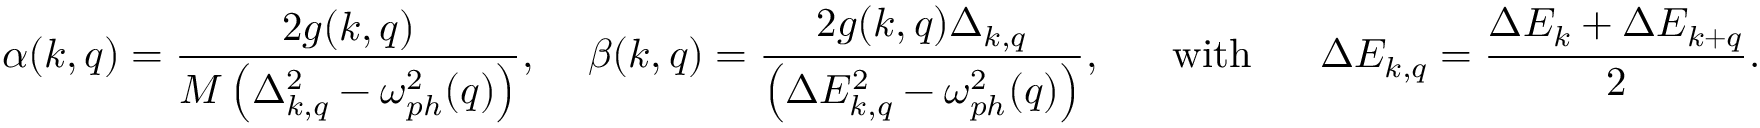
\alpha ( k , q ) = \frac { 2 g ( k , q ) } { M \left( \Delta _ { k , q } ^ { 2 } - \omega _ { p h } ^ { 2 } ( q ) \right) } \mathrm { , ~ \quad } \beta ( k , q ) = \frac { 2 g ( k , q ) \Delta _ { k , q } } { \left( \Delta E _ { k , q } ^ { 2 } - \omega _ { p h } ^ { 2 } ( q ) \right) } \mathrm { , ~ \quad ~ w i t h ~ \quad ~ } \Delta E _ { k , q } = \frac { \Delta E _ { k } + \Delta E _ { k + q } } { 2 } .